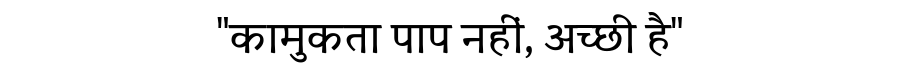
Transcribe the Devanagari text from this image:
"कामुकता पाप नहीं, अच्छी है"